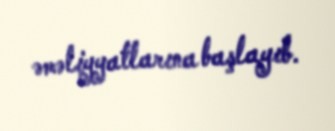
əməliyyatlarına başlayıb.